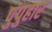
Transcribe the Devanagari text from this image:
पुंपुहार